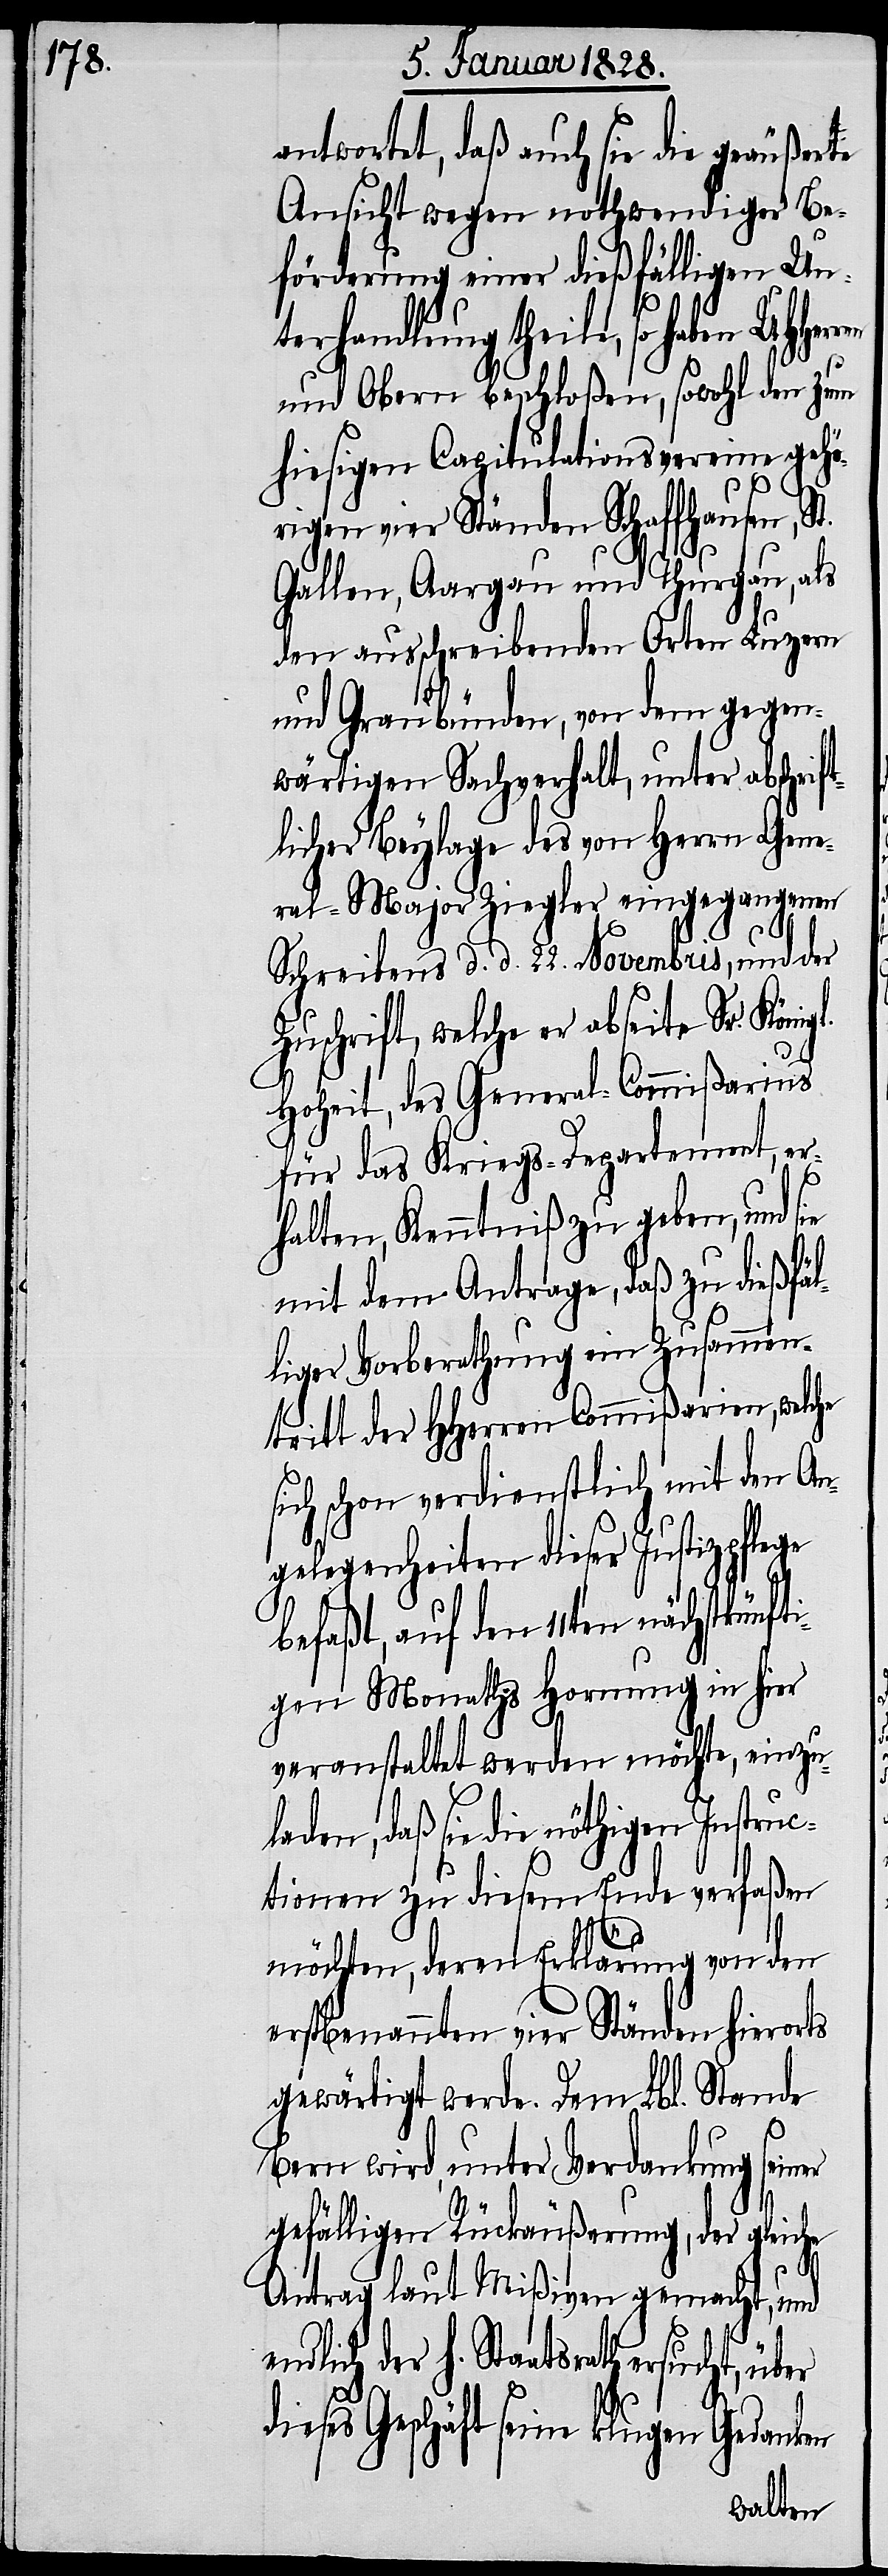
antwortet, daß auch sie die geäußerte
Ansicht wegen nothwendiger Be¬
förderung einer dießfälligen Un¬
terhandlung theile, so haben
und Obern beschloßen, sowohl den zum
hiesigen Capitulationsvereine gehö¬
rigen vier Ständen Schaffhausen, St.
Gallen, Aargau und Thurgau, als
den ausschreibenden Orten Luzern
und Graubünden, von dem gegen¬
wärtigen Sachverhalt, unter abschrift¬
licher Beylage des von Herrn Gene¬
ral-Major Ziegler eingegangenen
Schreibens d. d. 22. Novembris, und der
Zuschrift, des General-Commißarius
für das Kriegs-Departement, er¬
halten, Kenntniß zu geben, und sie
mit dem Antrage, daß zu dießfäl¬
liger Vorberathung ein Zusammen¬
tritt der HHerren Commißarien, welche
sich schon verdienstlich mit den An¬
gelegenheiten dieser Justizpflege
befaßt, auf den 11ten nächstkünft¬
igen Monaths Hornung in hier
veranstaltet werden möchte, einzul¬
aden, daß sie die nöthigen Instru¬
ctionen zu diesem Ende verfaßen
möchten, deren Erklärung von den
erstbenannten vier Ständen hierorts
gewärtigt werde. Dem Lbl. Stande
Bern wird, unter Verdankung seiner
gefälligen Rückäußerung, der gleiche
Antrag laut Mißiven gemacht, und
der h. Staatsrath ersucht, über
dieses Geschäft seine klugen Gedanken